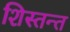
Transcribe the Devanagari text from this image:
शिस्तन्त